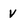
Character: v